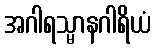
အဂါရသ္မာနဂါရိယံ